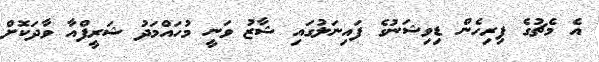
އެ މެޗުގެ ފިރިހެން ޑިވިޝަނުގެ ފައިނަލުގައި ޝާޒު ވަނީ މުހައްމަދު ޝަރީފްއާ ވާދަކޮށް